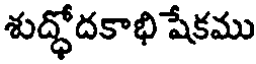
శుద్ధోదకాభి షేకము